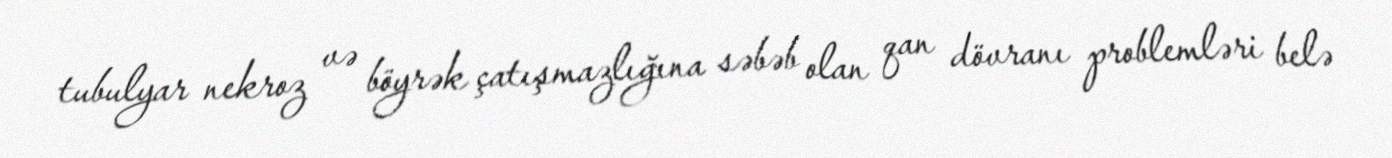
tubulyar nekroz və böyrək çatışmazlığına səbəb olan qan dövranı problemləri belə